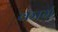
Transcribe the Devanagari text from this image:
कार्म